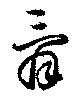
辭